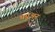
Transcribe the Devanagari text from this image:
पपुअन